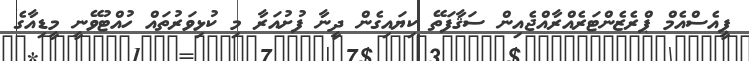
ޕީއެސްއެމް ޕްރެޒެންޓަރެއްރާއްޖެއިން ސަޤާފަތޭ ކިޔައިގެން ދީނާ ފުށުއަރާ މި ކުޅިވަރުތައް ހުއްޓުވޭނީ މީޑިއާގެ